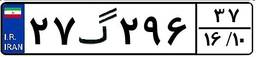
۲۷گ۲۹۶۳۷